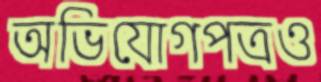
অভিযোগপত্রও